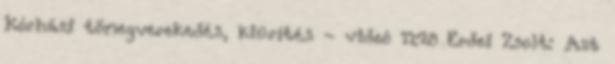
Kórházi tömegverekedés, kiürítés - videó 11:28 Erdei Zsolt: Azt